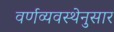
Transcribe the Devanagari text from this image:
वर्णव्यवस्थेनुसार